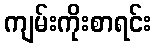
ကျမ်းကိုးစာရင်း